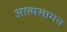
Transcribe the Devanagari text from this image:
आत्मसामन